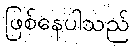
ဖြစ်နေပါသည်